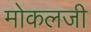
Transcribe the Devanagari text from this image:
मोकलजी